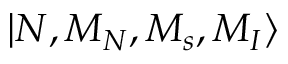
{ | N , M _ { N } , M _ { s } , M _ { I } \rangle }